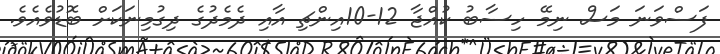
ފަސްވަނަ މަސް ނިމޭ ހިސާބު ކުއްޖާ 12-10އިންޗި އާއި ދެމެދުގެ ދިގުމިނަކަށް ބޮޑުވެއެވެ.